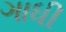
ગાધી